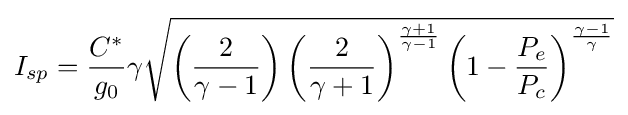
I_{sp}={\frac {C^{*}}{g_{0}}}\gamma {\sqrt {\left({\frac {2}{\gamma -1}}\right)\left({\frac {2}{\gamma +1}}\right)^{\frac {\gamma +1}{\gamma -1}}\left(1-{\frac {P_{e}}{P_{c}}}\right)^{\frac {\gamma -1}{\gamma }}}}